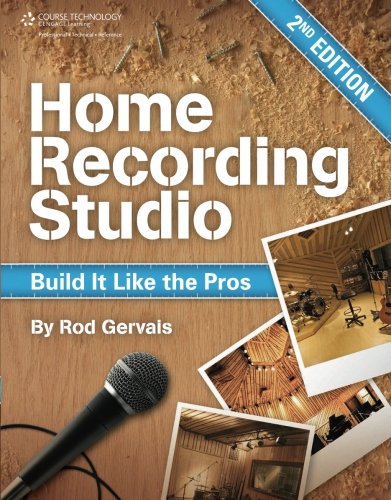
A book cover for Home Recording Studio: Build It Like the Pros; Rod Gervais; Arts & Photography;